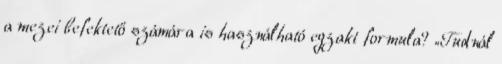
a mezei befektető számára is használható egzakt formula? „Tudnál